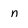
Character: n